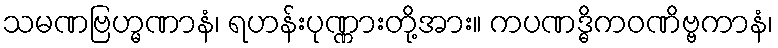
သမဏဗြဟ္မဏာနံ၊ ရဟန်းပုဏ္ဏားတို့အား။ ကပဏဒ္ဓိကဝဏိဗ္ဗကာနံ၊